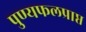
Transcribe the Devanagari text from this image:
पुण्यफलप्राप्त